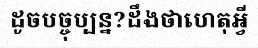
ដូចបច្ចុប្បន្ន?ដឹងថាហេតុអ្វី